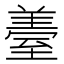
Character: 𦥈